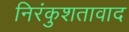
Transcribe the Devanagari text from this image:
निरंकुशतावाद